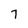
Character: 7